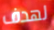
لهدف